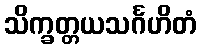
သိက္ခတ္တယသင်္ဂဟိတံ